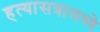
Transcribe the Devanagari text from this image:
हत्यासत्रामध्ये